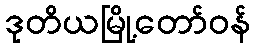
ဒုတိယမြို့တော်ဝန်